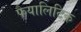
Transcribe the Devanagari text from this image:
फैयालिटिक